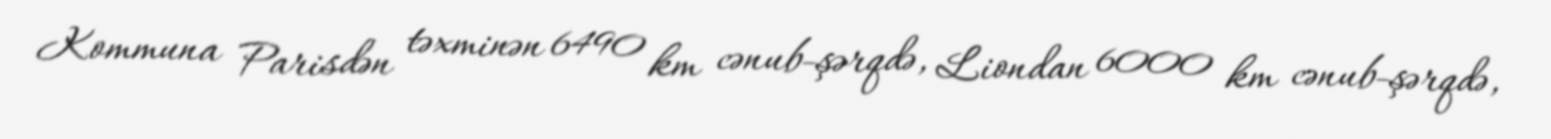
Kommuna Parisdən təxminən 6490 km cənub-şərqdə, Liondan 6000 km cənub-şərqdə,